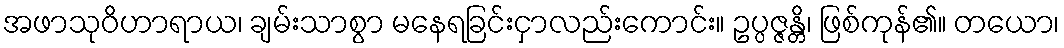
အဖာသုဝိဟာရာယ၊ ချမ်းသာစွာ မနေရခြင်းငှာလည်းကောင်း။ ဥပ္ပဇ္ဇန္တိ၊ ဖြစ်ကုန်၏။ တယော၊